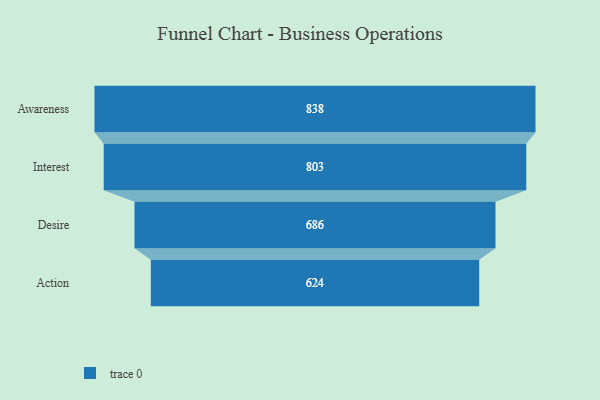
{"axis": {"x": "Stage", "y": "Value"}, "legend": [""], "data": [{"x": "Awareness", "y": 838.0, "type": ""}, {"x": "Interest", "y": 803.0, "type": ""}, {"x": "Desire", "y": 686.0, "type": ""}, {"x": "Action", "y": 624.0, "type": ""}]}